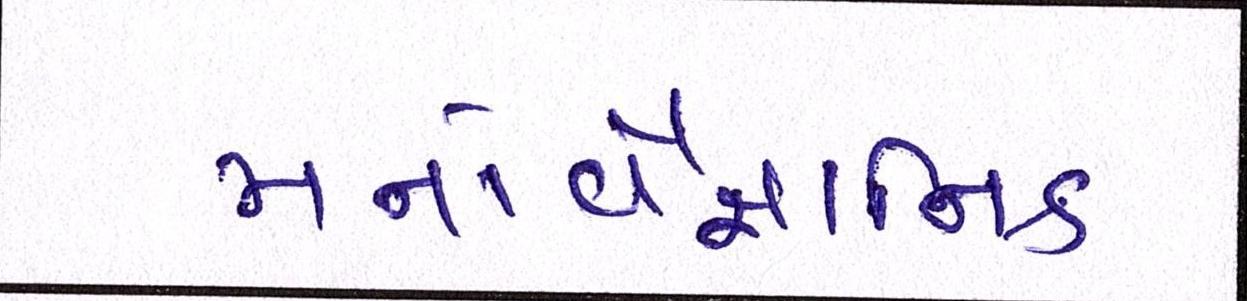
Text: મનોવૈજ્ઞાાનિક